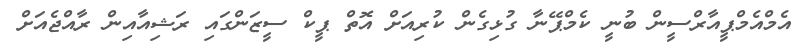
އެމްއެމްޕީއާރްސީން ބުނީ ކެމްޕޭނާ ގުޅިގެން ކުރިއަށް އޮތް ޕީކް ސީޒަންގައި ރަޝިއާއިން ރާއްޖެއަށް